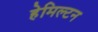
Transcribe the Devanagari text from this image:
हेमिल्‍टन